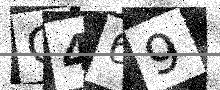
Text: C469